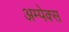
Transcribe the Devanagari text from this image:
अम्पेक्स